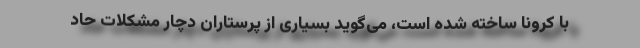
با کرونا ساخته شده است، می‌گوید بسیاری از پرستاران دچار مشکلات حاد